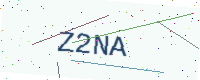
Text: Z2NA